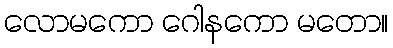
လောမကော ဂေါနကော မတော။